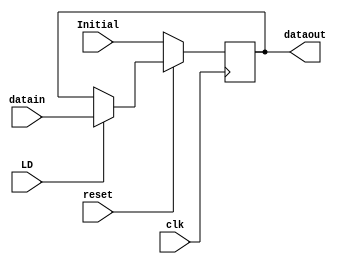
`timescale 1ns / 1ps
//////////////////////////////////////////////////////////////////////////////////
// Company: 
// Engineer: 
// 
// Design Name: 
// Module Name: PC
// Project Name: 
// Target Devices: 
// Tool Versions: 
// Description: 
// 
// Dependencies: 
// 
// Revision:
// Revision 0.01 - File Created
// Additional Comments:
// 
//////////////////////////////////////////////////////////////////////////////////


module PC(
    input clk,
    input LD,
    input reset,
    input [31:0] datain,
  
    input [31:0] Initial,
    
    output reg [31:0] dataout
    );
    // at every clock cycle check for reset or data module load
    always @(posedge clk)
    begin
        if(!reset)
            dataout <= Initial;
        else
            if(LD)
                dataout <= datain;
    end
    
endmodule